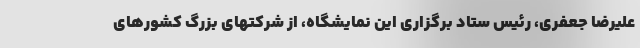
علیرضا جعفری، رئیس ستاد برگزاری این نمایشگاه، از شرکتهای بزرگ کشورهای